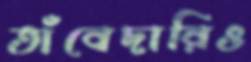
তাঁবেদারিও